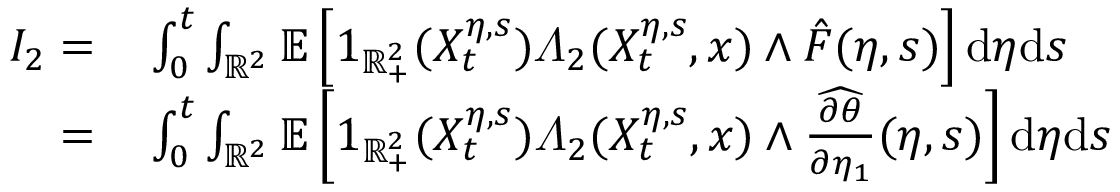
\begin{array} { r l } { I _ { 2 } = } & { { } \int _ { 0 } ^ { t } \int _ { \mathbb { R } ^ { 2 } } \mathbb { E } \left[ 1 _ { \mathbb { R } _ { + } ^ { 2 } } ( X _ { t } ^ { \eta , s } ) \varLambda _ { 2 } ( X _ { t } ^ { \eta , s } , x ) \wedge \hat { F } ( \eta , s ) \right] \mathrm { d } \eta \mathrm { d } s } \\ { = } & { { } \int _ { 0 } ^ { t } \int _ { \mathbb { R } ^ { 2 } } \mathbb { E } \left[ 1 _ { \mathbb { R } _ { + } ^ { 2 } } ( X _ { t } ^ { \eta , s } ) \varLambda _ { 2 } ( X _ { t } ^ { \eta , s } , x ) \wedge \widehat { \frac { \partial \theta } { \partial \eta _ { 1 } } } ( \eta , s ) \right] \mathrm { d } \eta \mathrm { d } s } \end{array}